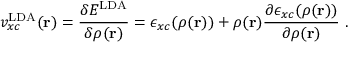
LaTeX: v _ { x c } ^ { \mathrm { L D A } } ( \mathbf { r } ) = { \frac { \delta E ^ { \mathrm { L D A } } } { \delta \rho ( \mathbf { r } ) } } = \epsilon _ { x c } ( \rho ( \mathbf { r } ) ) + \rho ( \mathbf { r } ) { \frac { \partial \epsilon _ { x c } ( \rho ( \mathbf { r } ) ) } { \partial \rho ( \mathbf { r } ) } } \ .